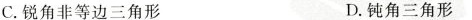
C.锐角非等边三角形 D.钝角三角形